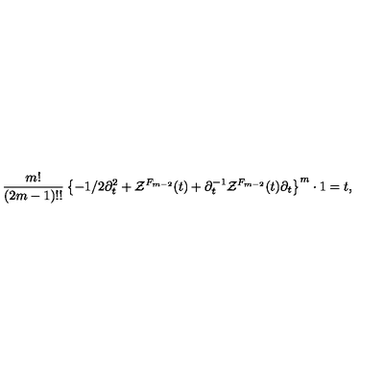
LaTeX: { \frac { m ! } { ( 2 m - 1 ) ! ! } } \left\{ - 1 / 2 \partial _ { t } ^ { 2 } + { \cal Z } ^ { F _ { m - 2 } } ( t ) + \partial _ { t } ^ { - 1 } { \cal Z } ^ { F _ { m - 2 } } ( t ) \partial _ { t } \right\} ^ { m } \cdot 1 = t ,